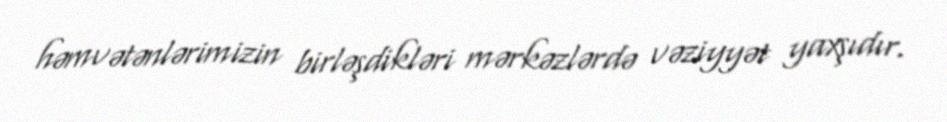
həmvətənlərimizin birləşdikləri mərkəzlərdə vəziyyət yaxşıdır.